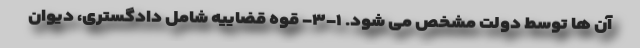
آن ها توسط دولت مشخص می شود. ۱-۳- قوه قضاییه شامل دادگستری، دیوان